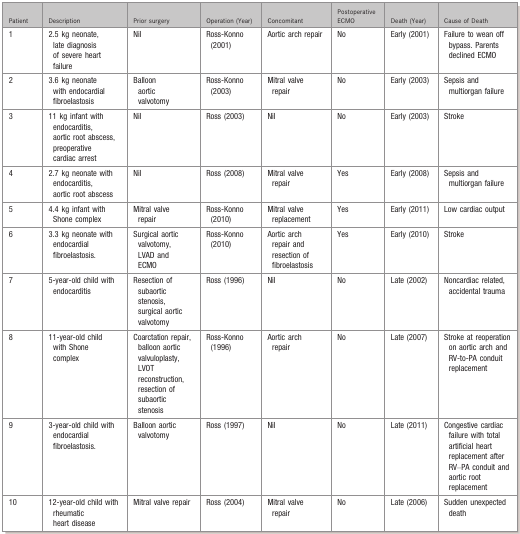
<table><thead><tr><td><b>Patient</b></td><td><b>Description</b></td><td><b>Prior surgery</b></td><td><b>Operation (Year)</b></td><td><b>Concomitant</b></td><td><b>Postoperative ECMO</b></td><td><b>Death (Year)</b></td><td><b>Cause of Death</b></td></tr></thead><tbody><tr><td>1</td><td>2.5 kg neonate, late diagnosis of severe heart failure</td><td>Nil</td><td>Ross‐Konno (2001)</td><td>Aortic arch repair</td><td>No</td><td>Early (2001)</td><td>Failure to wean off bypass. Parents declined ECMO</td></tr><tr><td>2</td><td>3.6 kg neonate with endocardial fibroelastosis</td><td>Balloon aortic valvotomy</td><td>Ross‐Konno (2003)</td><td>Mitral valve repair</td><td>No</td><td>Early (2003)</td><td>Sepsis and multiorgan failure</td></tr><tr><td>3</td><td>11 kg infant with endocarditis, aortic root abscess, preoperative cardiac arrest</td><td>Nil</td><td>Ross (2003)</td><td>Nil</td><td>No</td><td>Early (2003)</td><td>Stroke</td></tr><tr><td>4</td><td>2.7 kg neonate with endocarditis, aortic root abscess</td><td>Nil</td><td>Ross (2008)</td><td>Mitral valve repair</td><td>Yes</td><td>Early (2008)</td><td>Sepsis and multiorgan failure</td></tr><tr><td>5</td><td>4.4 kg infant with Shone complex</td><td>Mitral valve repair</td><td>Ross‐Konno (2010)</td><td>Mitral valve replacement</td><td>Yes</td><td>Early (2011)</td><td>Low cardiac output</td></tr><tr><td>6</td><td>3.3 kg neonate with endocardial fibroelastosis.</td><td>Surgical aortic valvotomy, LVAD and ECMO</td><td>Ross‐Konno (2010)</td><td>Aortic arch repair and resection of fibroelastosis</td><td>Yes</td><td>Early (2010)</td><td>Stroke</td></tr><tr><td>7</td><td>5‐year‐old child with endocarditis</td><td>Resection of subaortic stenosis, surgical aortic valvotomy</td><td>Ross (1996)</td><td>Nil</td><td>No</td><td>Late (2002)</td><td>Noncardiac related, accidental trauma</td></tr><tr><td>8</td><td>11‐year‐old child with Shone complex</td><td>Coarctation repair, balloon aortic valvuloplasty, LVOT reconstruction, resection of subaortic stenosis</td><td>Ross‐Konno (1996)</td><td>Aortic arch repair</td><td>No</td><td>Late (2007)</td><td>Stroke at reoperation on aortic arch and RV‐to‐PA conduit replacement</td></tr><tr><td>9</td><td>3‐year‐old child with endocardial fibroelastosis.</td><td>Balloon aortic valvotomy</td><td>Ross (1997)</td><td>Nil</td><td>No</td><td>Late (2011)</td><td>Congestive cardiac failure with total artificial heart replacement after RV–PA conduit and aortic root replacement</td></tr><tr><td>10</td><td>12‐year‐old child with rheumatic heart disease</td><td>Mitral valve repair</td><td>Ross (2004)</td><td>Mitral valve repair</td><td>No</td><td>Late (2006)</td><td>Sudden unexpected death</td></tr></tbody></table>